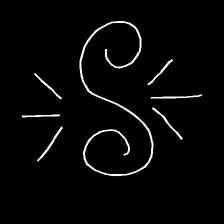
Glyph: wind-directs-air